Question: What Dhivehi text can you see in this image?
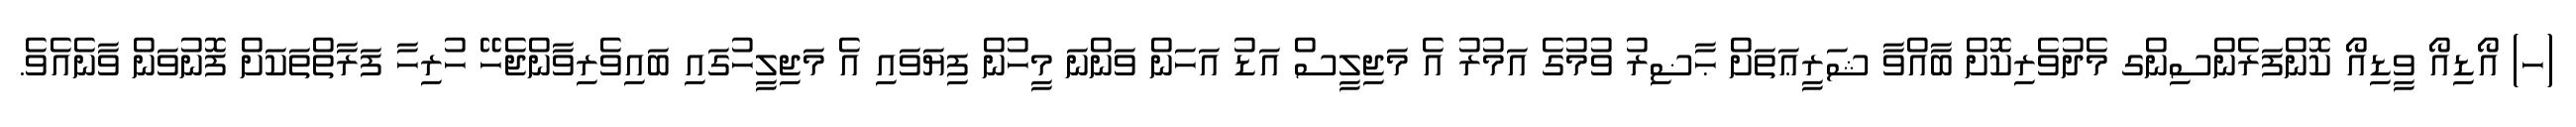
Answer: (ހ) އޯޑިއޯ ވީޑިއޯ ކޮންފަރެންސިންގ މެދުވެރިކޮށް ބާއްވާ ޝަރީޢަތަށް ޙާޟިރު ވުމުގެ އަމުރު އެ މަޖިލީސް އަޑު އަހަން ވަންނަ މީހުން ފިޔަވައި އެ މަޖިލީހުގައި ބައިވެރިވާންޖެހޭ ހުރިހާ ފަރާތްތަކަށް ފޮނުވަން ވާނެއެވެ.